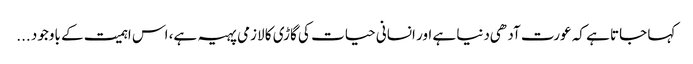
کہا جاتا ہے کہ عورت آدهی دنیا ہے اور انسانی حیات کی گاڑی کا لازمی پہیہ ہے، اس اہمیت کے باوجود ...